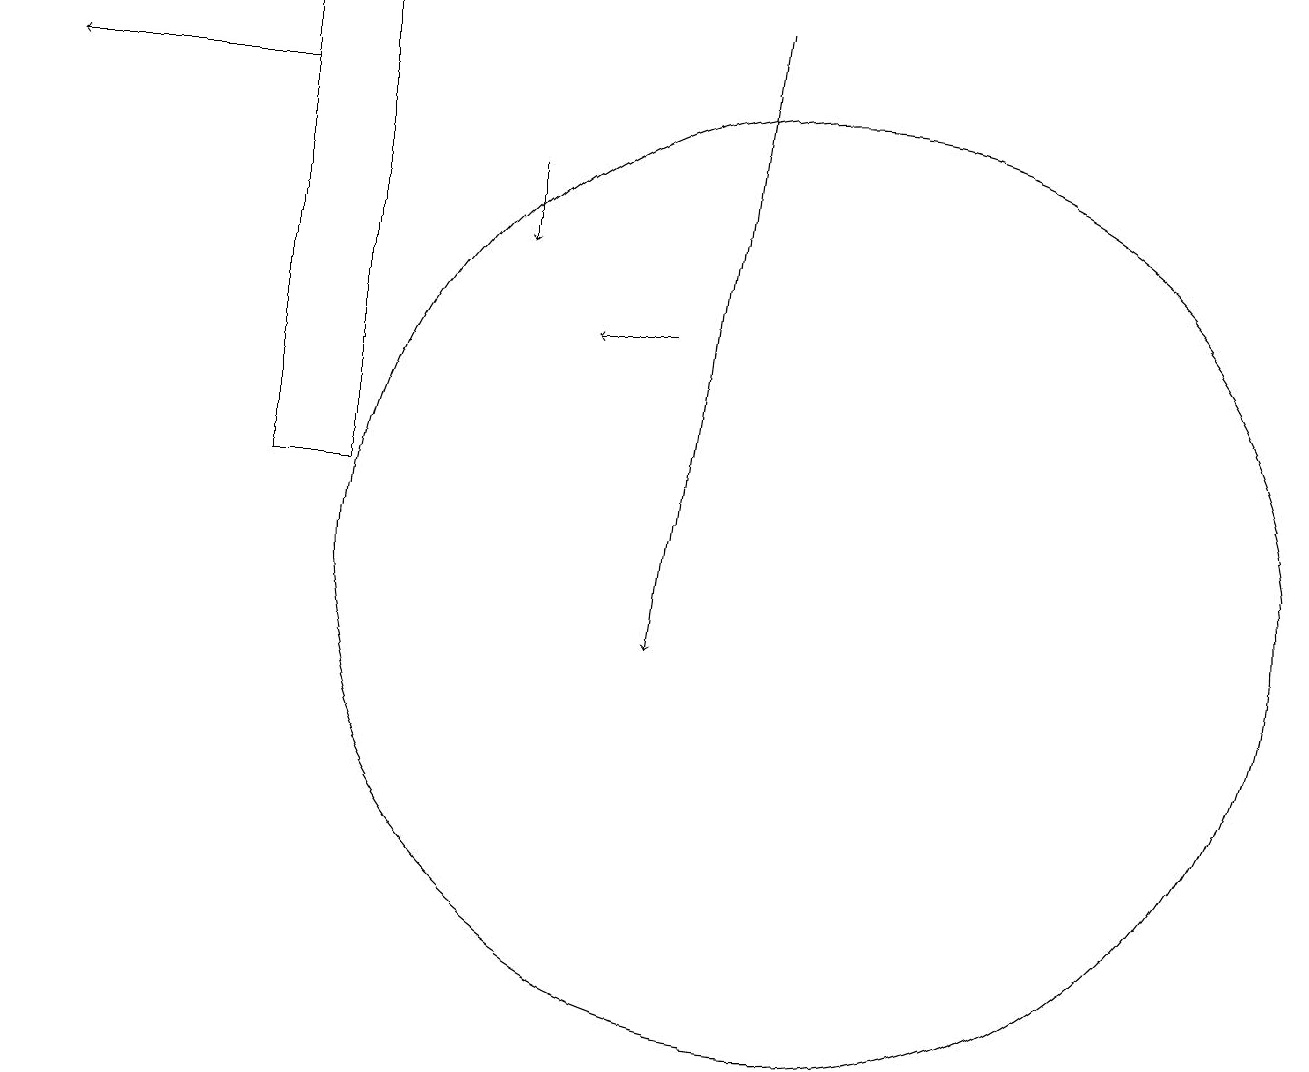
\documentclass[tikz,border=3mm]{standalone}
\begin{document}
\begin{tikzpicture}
\draw (4,13) rectangle (3,19);
\draw (10,12) circle (6);
\draw[->] (8,15) -- (7,15);
\draw[->] (6,17) -- (6,16);
\draw[->] (9,19) -- (8,11);
\draw[->] (3,18) -- (0,18);
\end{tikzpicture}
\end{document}